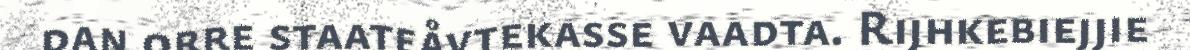
dan orre staateåvtekasse vaadta. Rijhkebiejjie